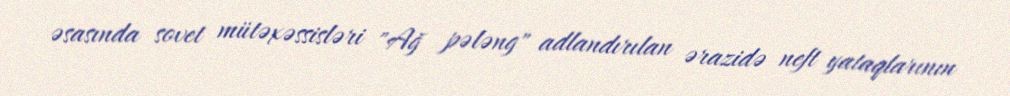
əsasında sovet mütəxəssisləri "Ağ pələng" adlandırılan ərazidə neft yataqlarının